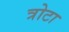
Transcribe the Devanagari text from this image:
त्रोटा